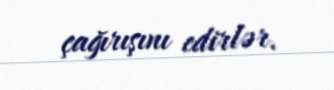
çağırışını edirlər.